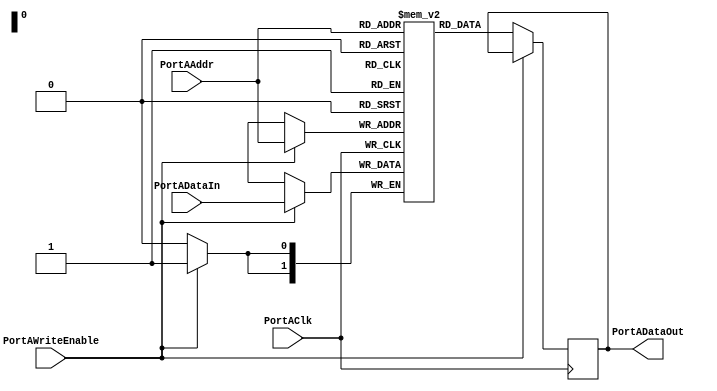
/*Copyright 2020-2021 T-Head Semiconductor Co., Ltd.

Licensed under the Apache License, Version 2.0 (the "License");
you may not use this file except in compliance with the License.
You may obtain a copy of the License at

    http://www.apache.org/licenses/LICENSE-2.0

Unless required by applicable law or agreed to in writing, software
distributed under the License is distributed on an "AS IS" BASIS,
WITHOUT WARRANTIES OR CONDITIONS OF ANY KIND, either express or implied.
See the License for the specific language governing permissions and
limitations under the License.
*/
module soc_fpga_ram(
  PortAClk,
  PortAAddr,
  PortADataIn,
  PortAWriteEnable,

  PortADataOut
);

parameter  DATAWIDTH = 2;
parameter  ADDRWIDTH = 2;

input                     PortAClk;
input   [(ADDRWIDTH-1):0] PortAAddr;
input   [(DATAWIDTH-1):0] PortADataIn;
input                     PortAWriteEnable;

output  [(DATAWIDTH-1):0] PortADataOut; 

parameter  MEMDEPTH = 2**(ADDRWIDTH);

reg [(DATAWIDTH-1):0] mem [(MEMDEPTH-1):0];
reg [(DATAWIDTH-1):0] PortADataOut;

always @(posedge PortAClk)
begin
  if(PortAWriteEnable)
  begin
    mem[PortAAddr]  <= PortADataIn;
  end
  else
  begin
    PortADataOut    <= mem[PortAAddr];
  end
end

endmodule